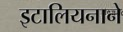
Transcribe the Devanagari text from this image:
इटालियनाने